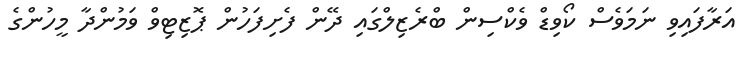
އަރާފައިވި ނަމަވެސް ކޯވިޑް ވެކްސިން ބްރެޒިލްގައި ދޭން ފެށިފަހުން ޕޮޒިޓިވް ވަމުންދާ މީހުންގެ